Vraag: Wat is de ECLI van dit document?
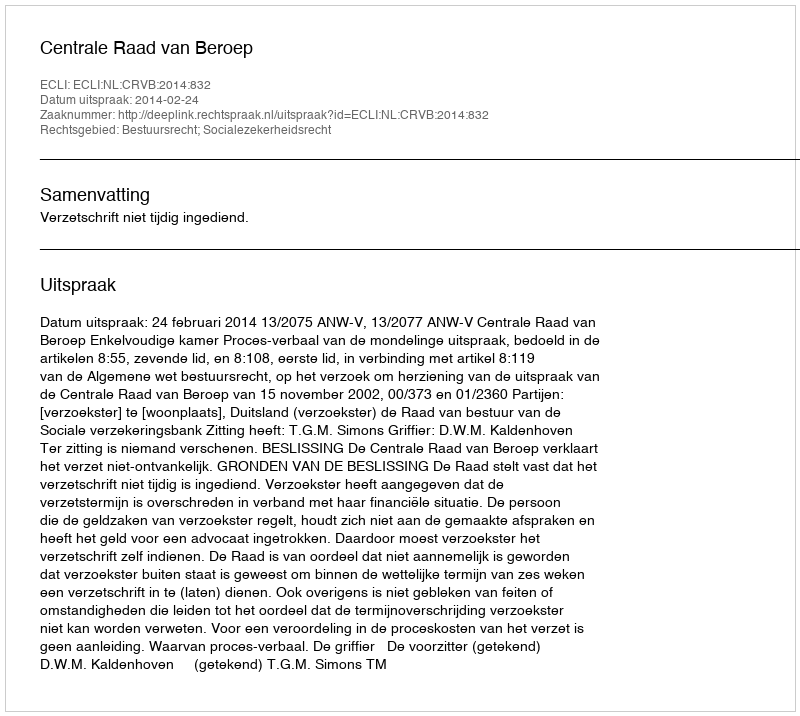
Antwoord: ECLI:NL:CRVB:2014:832